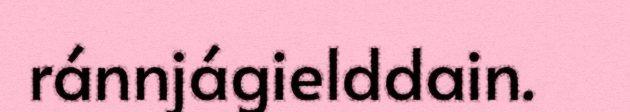
ránnjágielddain.